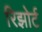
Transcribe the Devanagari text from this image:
रिझोर्ट